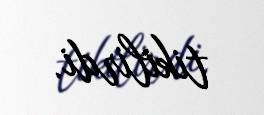
tikilirdi.